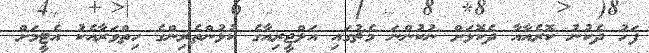
ފަހު ދެކުނު ކޮރެއާއާ ދެކޮޅަށް ނުކުންނަ މެޗުގައި އަލްޖީރިއާގެ ކުޅުންތެރިންގެ ހިތްވަރާއެކު އެޓީމަށް